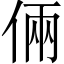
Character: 倆